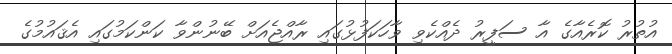
އުތުރު ކޮރެއާގެ އާ ސަފީރު ދެއްކެވި ވާހަކަފުޅުގައި ރާއްޖެއަށް ބޭނުންވާ ކަންކަމުގައި އެޤައުމުގެ